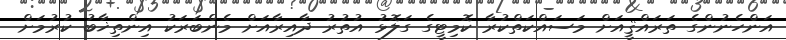
އަންހެނުންގެ ތަރައްޤީއަށް މަސައްކަތްކުރާ ކޮމިޓީގެ ގަލޮޅު އުތުރު ދާއިރާއަށް މެންބަރަކު އިންތިޚާބު ކުރުމަށް